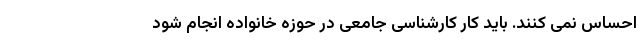
احساس نمی کنند. باید کار کارشناسی جامعی در حوزه خانواده انجام شود